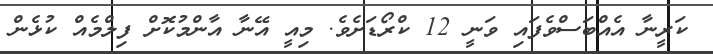
ކަރީނާ އެއްބަސްވެފައި ވަނީ 12 ކްރޯޑަށެވެ. މިއީ އޭނާ އާންމުކޮށް ފިލްމެއް ކުޅެން